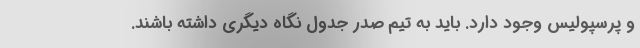
و پرسپولیس وجود دارد. باید به تیم صدر جدول نگاه دیگری داشته باشند.